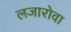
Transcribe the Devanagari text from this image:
लजारोवा